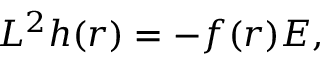
L ^ { 2 } h ( r ) = - f ( r ) E ,